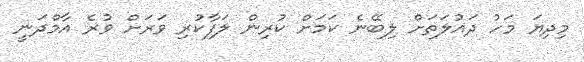
މިދިޔަ މަހު ދައުލަތަށް ލިބޭނެ ކަމަށް ކުރިން ލަފާކުރި ވަރަށް ވުރެ އާމްދަނީ